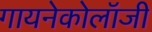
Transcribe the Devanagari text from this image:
गायनेकोलॉजी